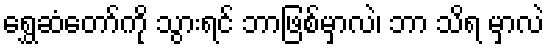
ရွှေဆံတော်ကို သွားရင် ဘာဖြစ်မှာလဲ၊ ဘာ သိရ မှာလဲ